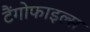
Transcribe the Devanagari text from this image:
टैंगोफाइल्स